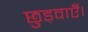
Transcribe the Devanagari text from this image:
छुड़वाएँ।